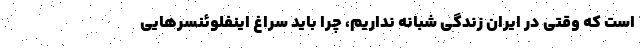
است که وقتی در ایران زندگی شبانه نداریم، چرا باید سراغ اینفلوئنسرهایی